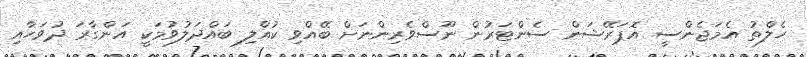
ހެލްތު އެމަޖެންސީ އޮޕަރޭޝަން ސެންޓަރުން ނޫސްވެރިންނަށް ބޭއްވި ކުއްލި ބައްދަލުވުމަކީ އަންގާރަ ދުވަހާއި